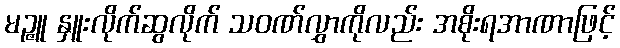
မဉ္ဇူ နှူးလိုက်ဆွလိုက် သဝဏ်လွှာကိုလည်း အစိုးရအာဏာဖြင့်